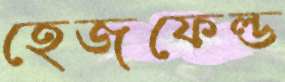
হেজফেল্ড